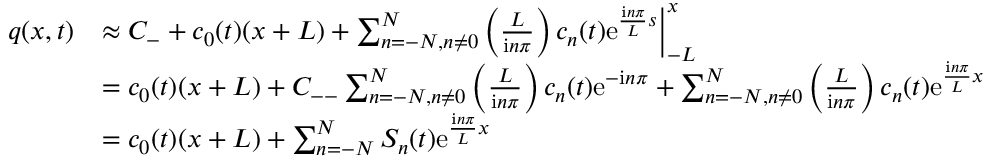
\begin{array} { r l } { q ( x , t ) } & { \approx C _ { - } + c _ { 0 } ( t ) ( x + L ) + \sum _ { n = - N , n \neq 0 } ^ { N } \left( \frac { L } { \mathrm i n \pi } \right) c _ { n } ( t ) \mathrm e ^ { \frac { \mathrm i n \pi } { L } s } \biggr | _ { - L } ^ { x } } \\ & { = c _ { 0 } ( t ) ( x + L ) + C _ { -- } \sum _ { n = - N , n \neq 0 } ^ { N } \left( \frac { L } { \mathrm i n \pi } \right) c _ { n } ( t ) \mathrm e ^ { - \mathrm i n \pi } + \sum _ { n = - N , n \neq 0 } ^ { N } \left( \frac { L } { \mathrm i n \pi } \right) c _ { n } ( t ) \mathrm e ^ { \frac { \mathrm i n \pi } { L } x } } \\ & { = c _ { 0 } ( t ) ( x + L ) + \sum _ { n = - N } ^ { N } S _ { n } ( t ) \mathrm e ^ { \frac { \mathrm i n \pi } { L } x } } \end{array}